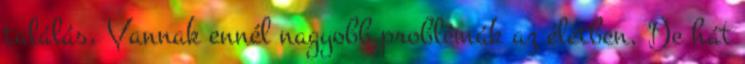
találás. Vannak ennél nagyobb problémák az életben. De hát